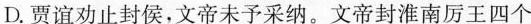
D.贾谊劝止封侯，文帝未予采纳。文帝封淮南厉王四个